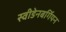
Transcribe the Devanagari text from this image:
स्वीडेनबर्गियन